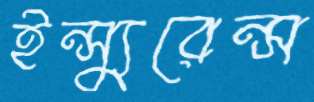
ইন্স্যুরেন্স